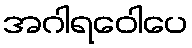
အဂါရဝေါပေ